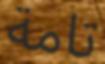
تامة